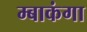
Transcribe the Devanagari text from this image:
म्बाकंगा